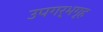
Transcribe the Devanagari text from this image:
उपगर्भगृह